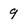
Character: 9